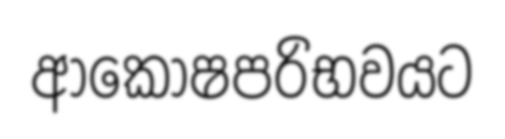
ආකෝෂපරිභවයට